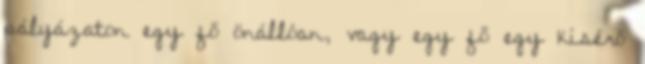
pályázaton egy fő önállóan, vagy egy fő egy kísérő